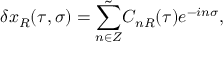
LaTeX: \delta x _ { R } ( \tau , \sigma ) = \tilde { \sum _ { n \in Z } } C _ { n R } ( \tau ) e ^ { - i n \sigma } ,